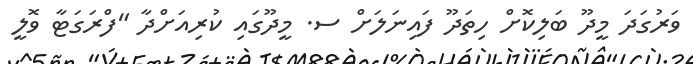
ވަރުގަދަ މީދޫ ބަލިކޮށް ހިތަދޫ ފައިނަލަށް ސ. މީދޫގައި ކުރިއަށްދާ "ފްރަގަޓާ ވޮލީ